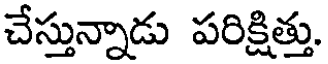
చేస్తున్నాడు పరిక్షిత్తు.